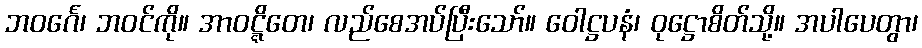
ဘဝင်္ဂေ၊ ဘဝင်ကို။ အာဝဋ္ဋိတေ၊ လည်စေအပ်ပြီးသော်။ ဝေါဋ္ဌပနံ၊ ဝုဋ္ဌောစိတ်သို့။ အပါပေတွာ၊